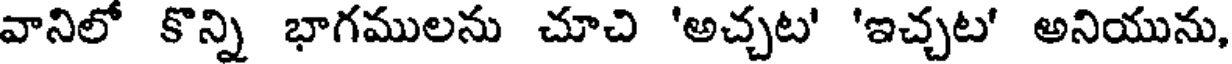
వానిలో కొన్ని భాగములను చూచి 'అచ్చట' 'ఇచ్చట' అనియును,